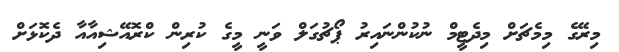
މިރޭގެ މިމެޗަށް މިދެޓީމް ނުކުންނައިރު ޕޯޗުގަލް ވަނީ މީގެ ކުރިން ކްރޮއޭޝިއާއާ ދެކޮޅަށް